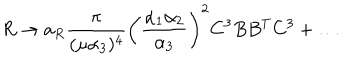
R \to a _ { R } { \frac { \pi } { ( \mu \alpha _ { 3 } ) ^ { 4 } } } \left( { \frac { \alpha _ { 1 } \alpha _ { 2 } } { \alpha _ { 3 } } } \right) ^ { 2 } { C ^ { 3 } } B B ^ { T } { C ^ { 3 } } + \ldots